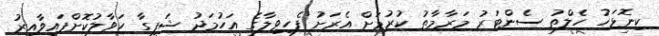
ކިނޮޅަހު ހެލްތު ސެންޓަރު މަރާމާތު ކުރުމަށް އެރަށު ފެހިވިލާގެ އަހުމަދު ޝަފީގާ ހަވާލުކޮށްފައިވާއިރު